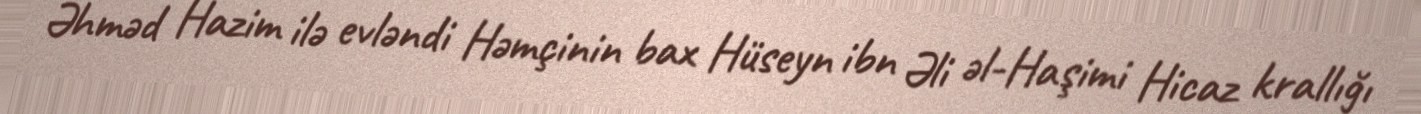
Əhməd Hazim ilə evləndi Həmçinin bax Hüseyn ibn Əli əl-Haşimi Hicaz krallığı